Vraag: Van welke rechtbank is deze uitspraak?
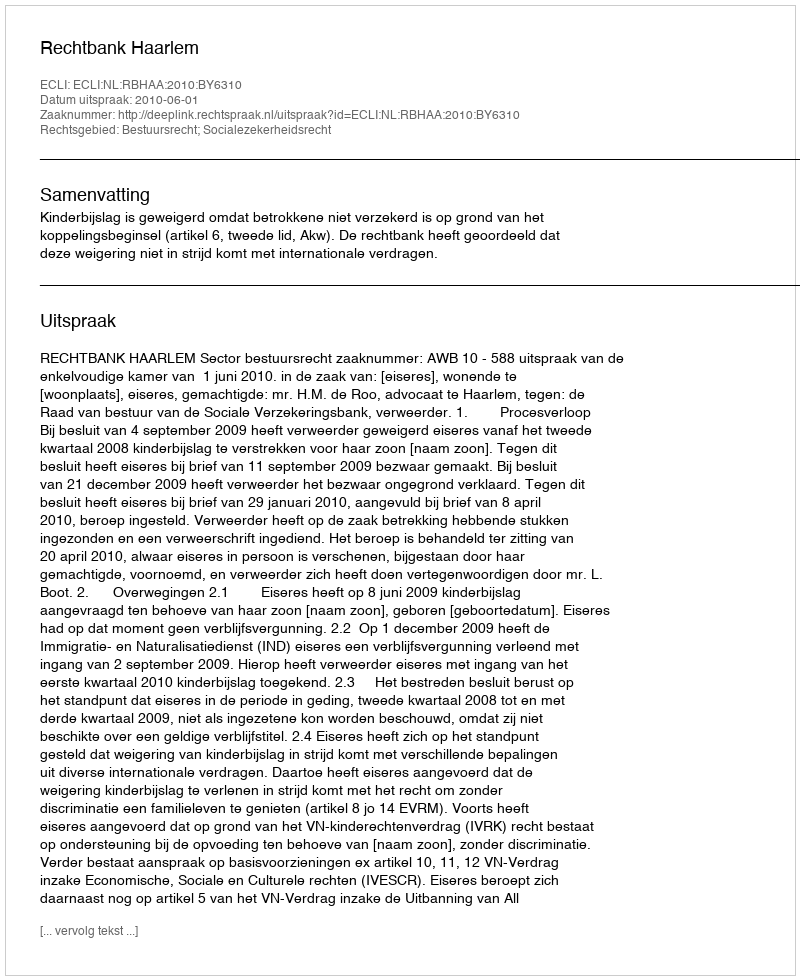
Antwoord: Rechtbank Haarlem